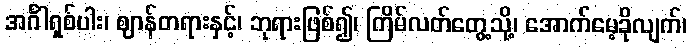
အင်္ဂါရှစ်ပါး၊ ဈာန်တရားနှင့်၊ ဘုရားဖြစ်၍၊ ကြိမ်လတ်တွေ့သို့၊ အောက်မေ့ခိုလျက်၊